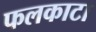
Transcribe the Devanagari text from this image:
फलकाटा